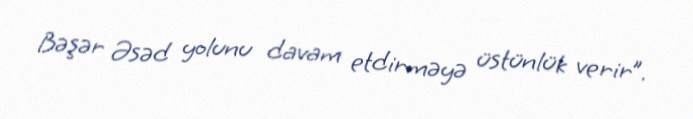
Bəşər Əsəd yolunu davam etdirməyə üstünlük verir”.